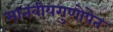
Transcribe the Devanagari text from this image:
मानवीयगुणोपेत